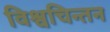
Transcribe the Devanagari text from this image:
विश्वचिन्तन